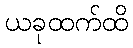
ယခုထက်ထိ